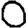
Digit: 0